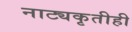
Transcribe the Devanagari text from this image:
नाट्यकृतीही